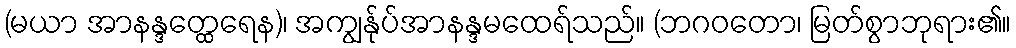
(မယာ အာနန္ဒတ္ထေရေန)၊ အကျွန်ုပ်အာနန္ဒမထေရ်သည်။ (ဘဂဝတော၊ မြတ်စွာဘုရား၏။